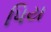
પિય